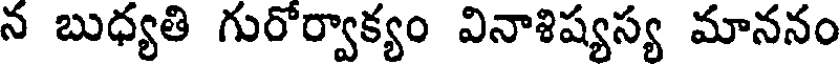
న బుధ్యతి గురోర్వాక్యం వినాశిష్యస్య మాననం